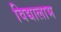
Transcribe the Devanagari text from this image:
विद्यालाभ